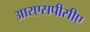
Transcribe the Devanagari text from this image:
आरएसपीसीए